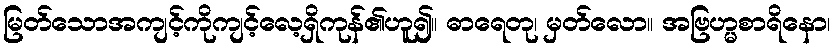
မြတ်သောအကျင့်ကိုကျင့်လေ့ရှိကုန်၏ဟူ၍။ ဓာရေတု၊ မှတ်လော။ အဗြဟ္မစာရိနော၊